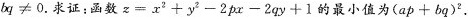
b q ≠ 0$$.求证：函数$$z = x ^ { 2 } + y ^ { 2 } - 2 p x - 2 q y + 1$$的最小值为$$( a p + b q ) ^ { 2 }$$ .